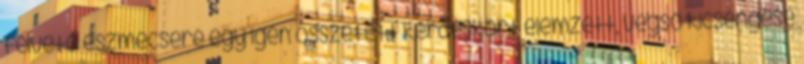
felvetõ eszmecsere egy igen összetett kérdéskört elemzett, végsõ kicsengése